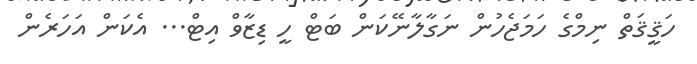
ހަޤީޤަތް ނިމްގެ ހަމަޖެހުން ނަގާލާނޭކަން ބަޓް ހީ ޑިޒާވް އިޓް... އެކަން އަހަރެން